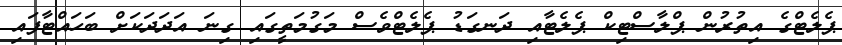
ޕެލެޓްގެ އިތުރުން ޕްލާސްޓިކް ޕެލެޓާއި ދަނގަޑު ޕެލެޓްވެސް މަގުމަތީގައި ގިނަ އަދަދަކަށް ބަހައްޓާފައި